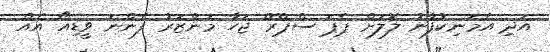
އަދި އެމަނިކުފާނު ލޮލަށް ޕެޕަ ސްޕްރޭ ޖަހާ މަންޒަރު ފެންނަ ވީޑިއޯ އެއް